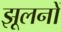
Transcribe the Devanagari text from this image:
झूलनों